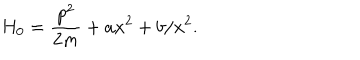
LaTeX: H _ { 0 } = \frac { p ^ { 2 } } { 2 m } + a x ^ { 2 } + b / x ^ { 2 } .